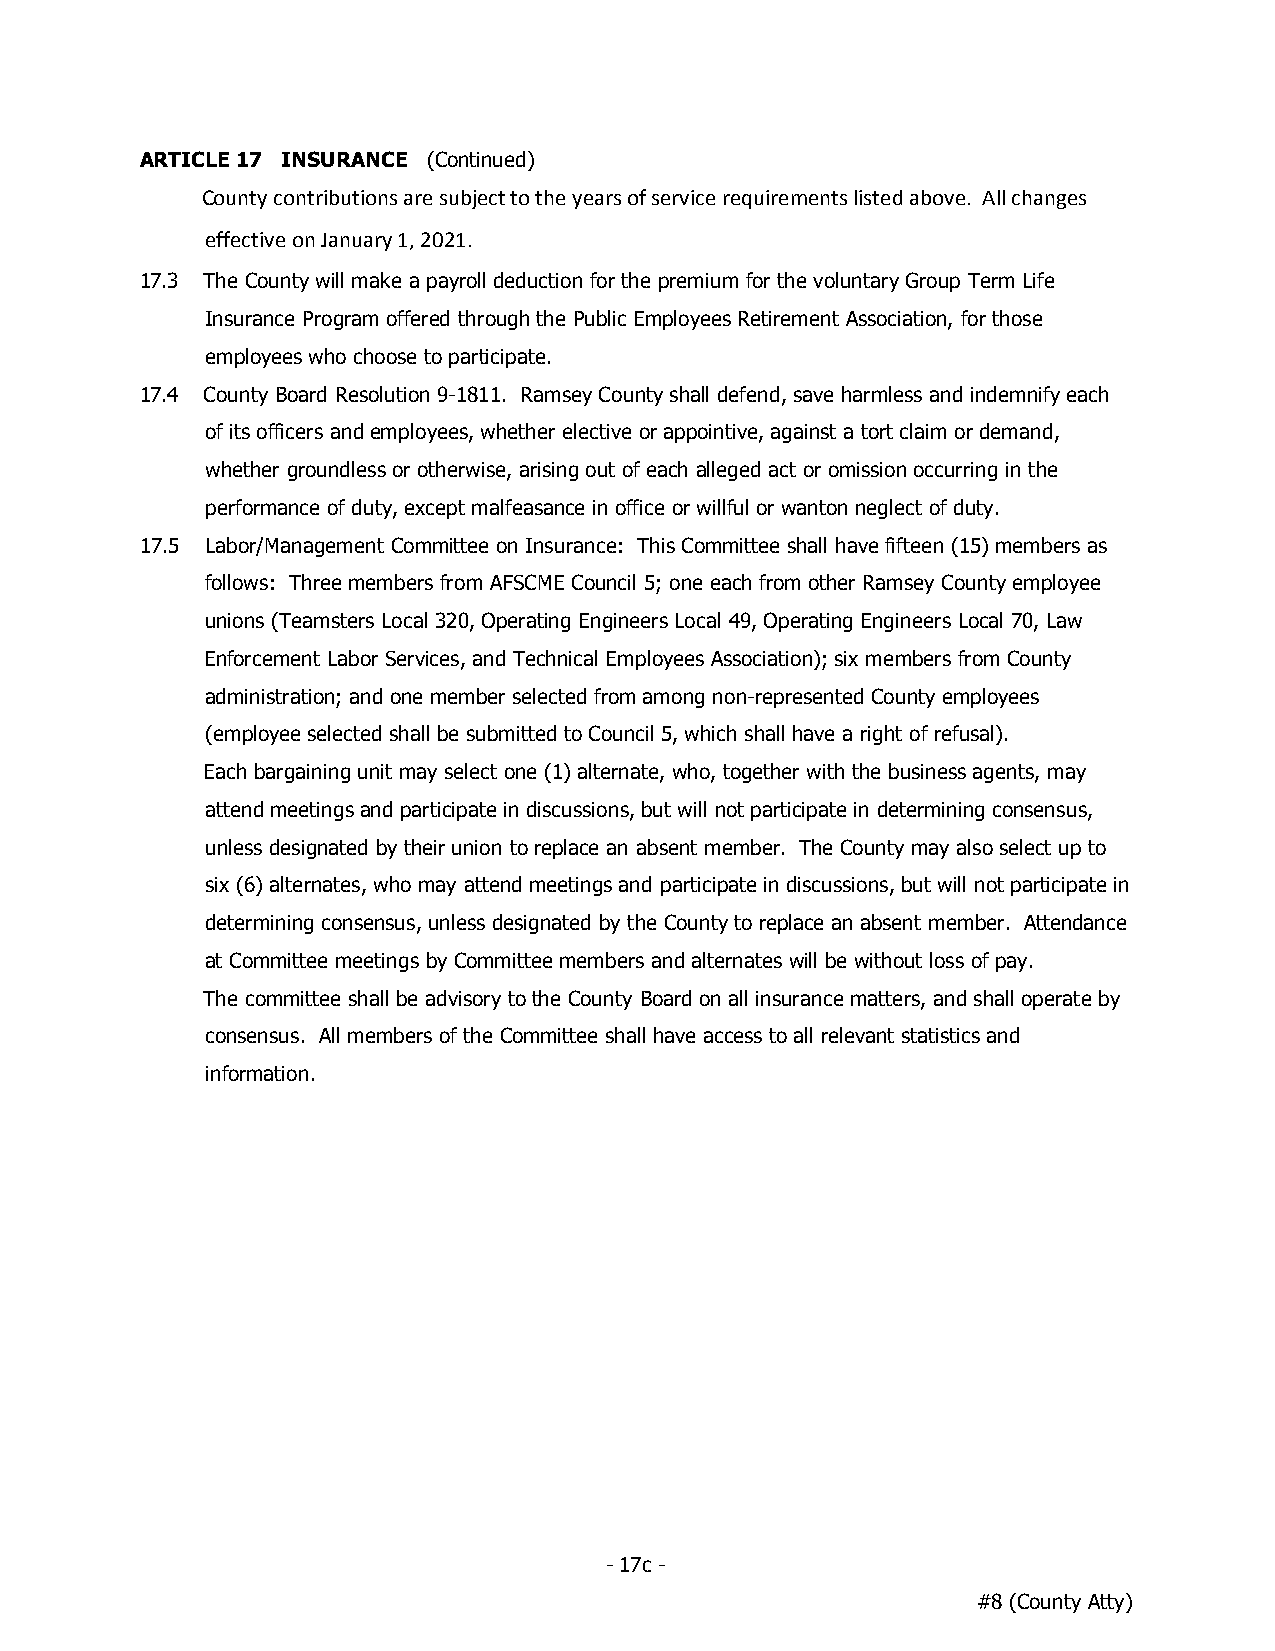
ARTICLE 17 INSURANCE (Continued)
 County contributions are subject to the years of service requirements listed above. All changes
 effective on January 1, 2021.
 17.3 The County will make a payroll deduction for the premium for the voluntary Group Term Life
 Insurance Program offered through the Public Employees Retirement Association, for those
 employees who choose to participate.
 17.4 County Board Resolution 9-1811. Ramsey County shall defend, save harmless and indemnify each
 of its officers and employees, whether elective or appointive, against a tort claim or demand,
 whether groundless or otherwise, arising out of each alleged act or omission occurring in the
 performance of duty, except malfeasance in office or willful or wanton neglect of duty.
 17.5 Labor/Management Committee on Insurance: This Committee shall have fifteen (15) members as
 follows: Three members from AFSCME Council 5; one each from other Ramsey County employee
 unions (Teamsters Local 320, Operating Engineers Local 49, Operating Engineers Local 70, Law
 Enforcement Labor Services, and Technical Employees Association); six members from County
 administration; and one member selected from among non-represented County employees
 (employee selected shall be submitted to Council 5, which shall have a right of refusal).
 Each bargaining unit may select one (1) alternate, who, together with the business agents, may
 attend meetings and participate in discussions, but will not participate in determining consensus,
 unless designated by their union to replace an absent member. The County may also select up to
 six (6) alternates, who may attend meetings and participate in discussions, but will not participate in
 determining consensus, unless designated by the County to replace an absent member. Attendance
 at Committee meetings by Committee members and alternates will be without loss of pay.
 The committee shall be advisory to the County Board on all insurance matters, and shall operate by
 consensus. All members of the Committee shall have access to all relevant statistics and
 information.
 - 17c -
 #8 (County Atty)